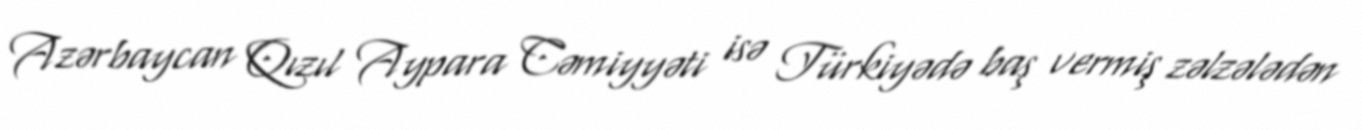
Azərbaycan Qızıl Aypara Cəmiyyəti isə Türkiyədə baş vermiş zəlzələdən